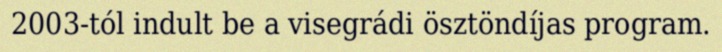
2003-tól indult be a visegrádi ösztöndíjas program.